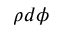
\rho d \phi